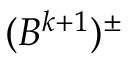
( B ^ { k + 1 } ) ^ { \pm }